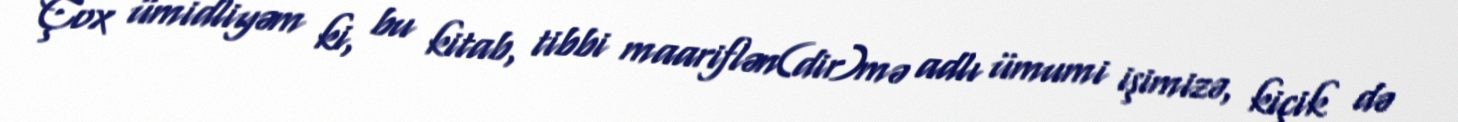
Çox ümidliyəm ki, bu kitab, tibbi maariflən(dir)mə adlı ümumi işimizə, kiçik də